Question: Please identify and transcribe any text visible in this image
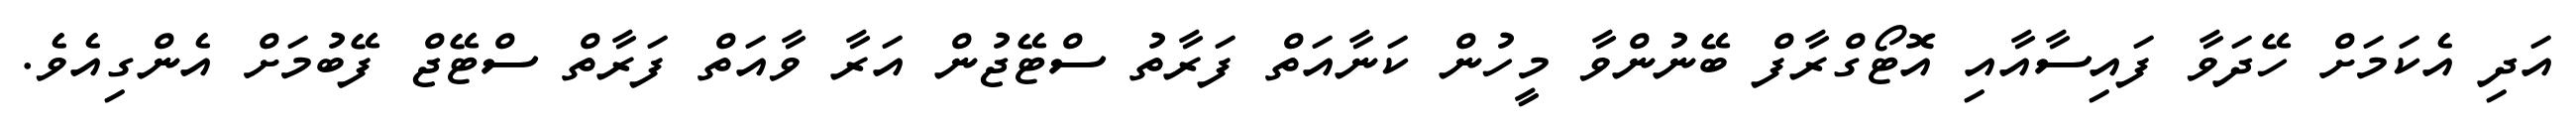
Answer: އަދި އެކަމަށް ހޭދަވާ ފައިސާއާއި އޮޓޯގްރާފް ބޭނުންވާ މީހުން ކަނާއަތް ފަރާތު ސްޓޭޖުން އަރާ ވާއަތް ފަރާތް ސްޓޭޖް ފޭބުމަށް އެންގިއެވެ.